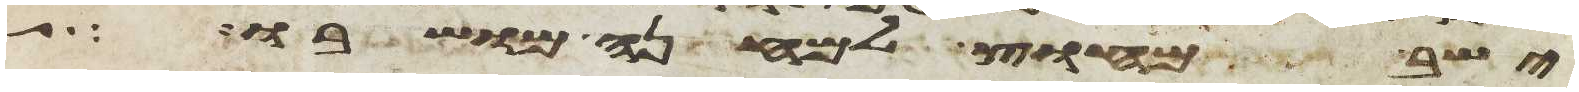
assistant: ישב מחוץ למחנה מושבו